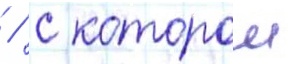
 / с которои